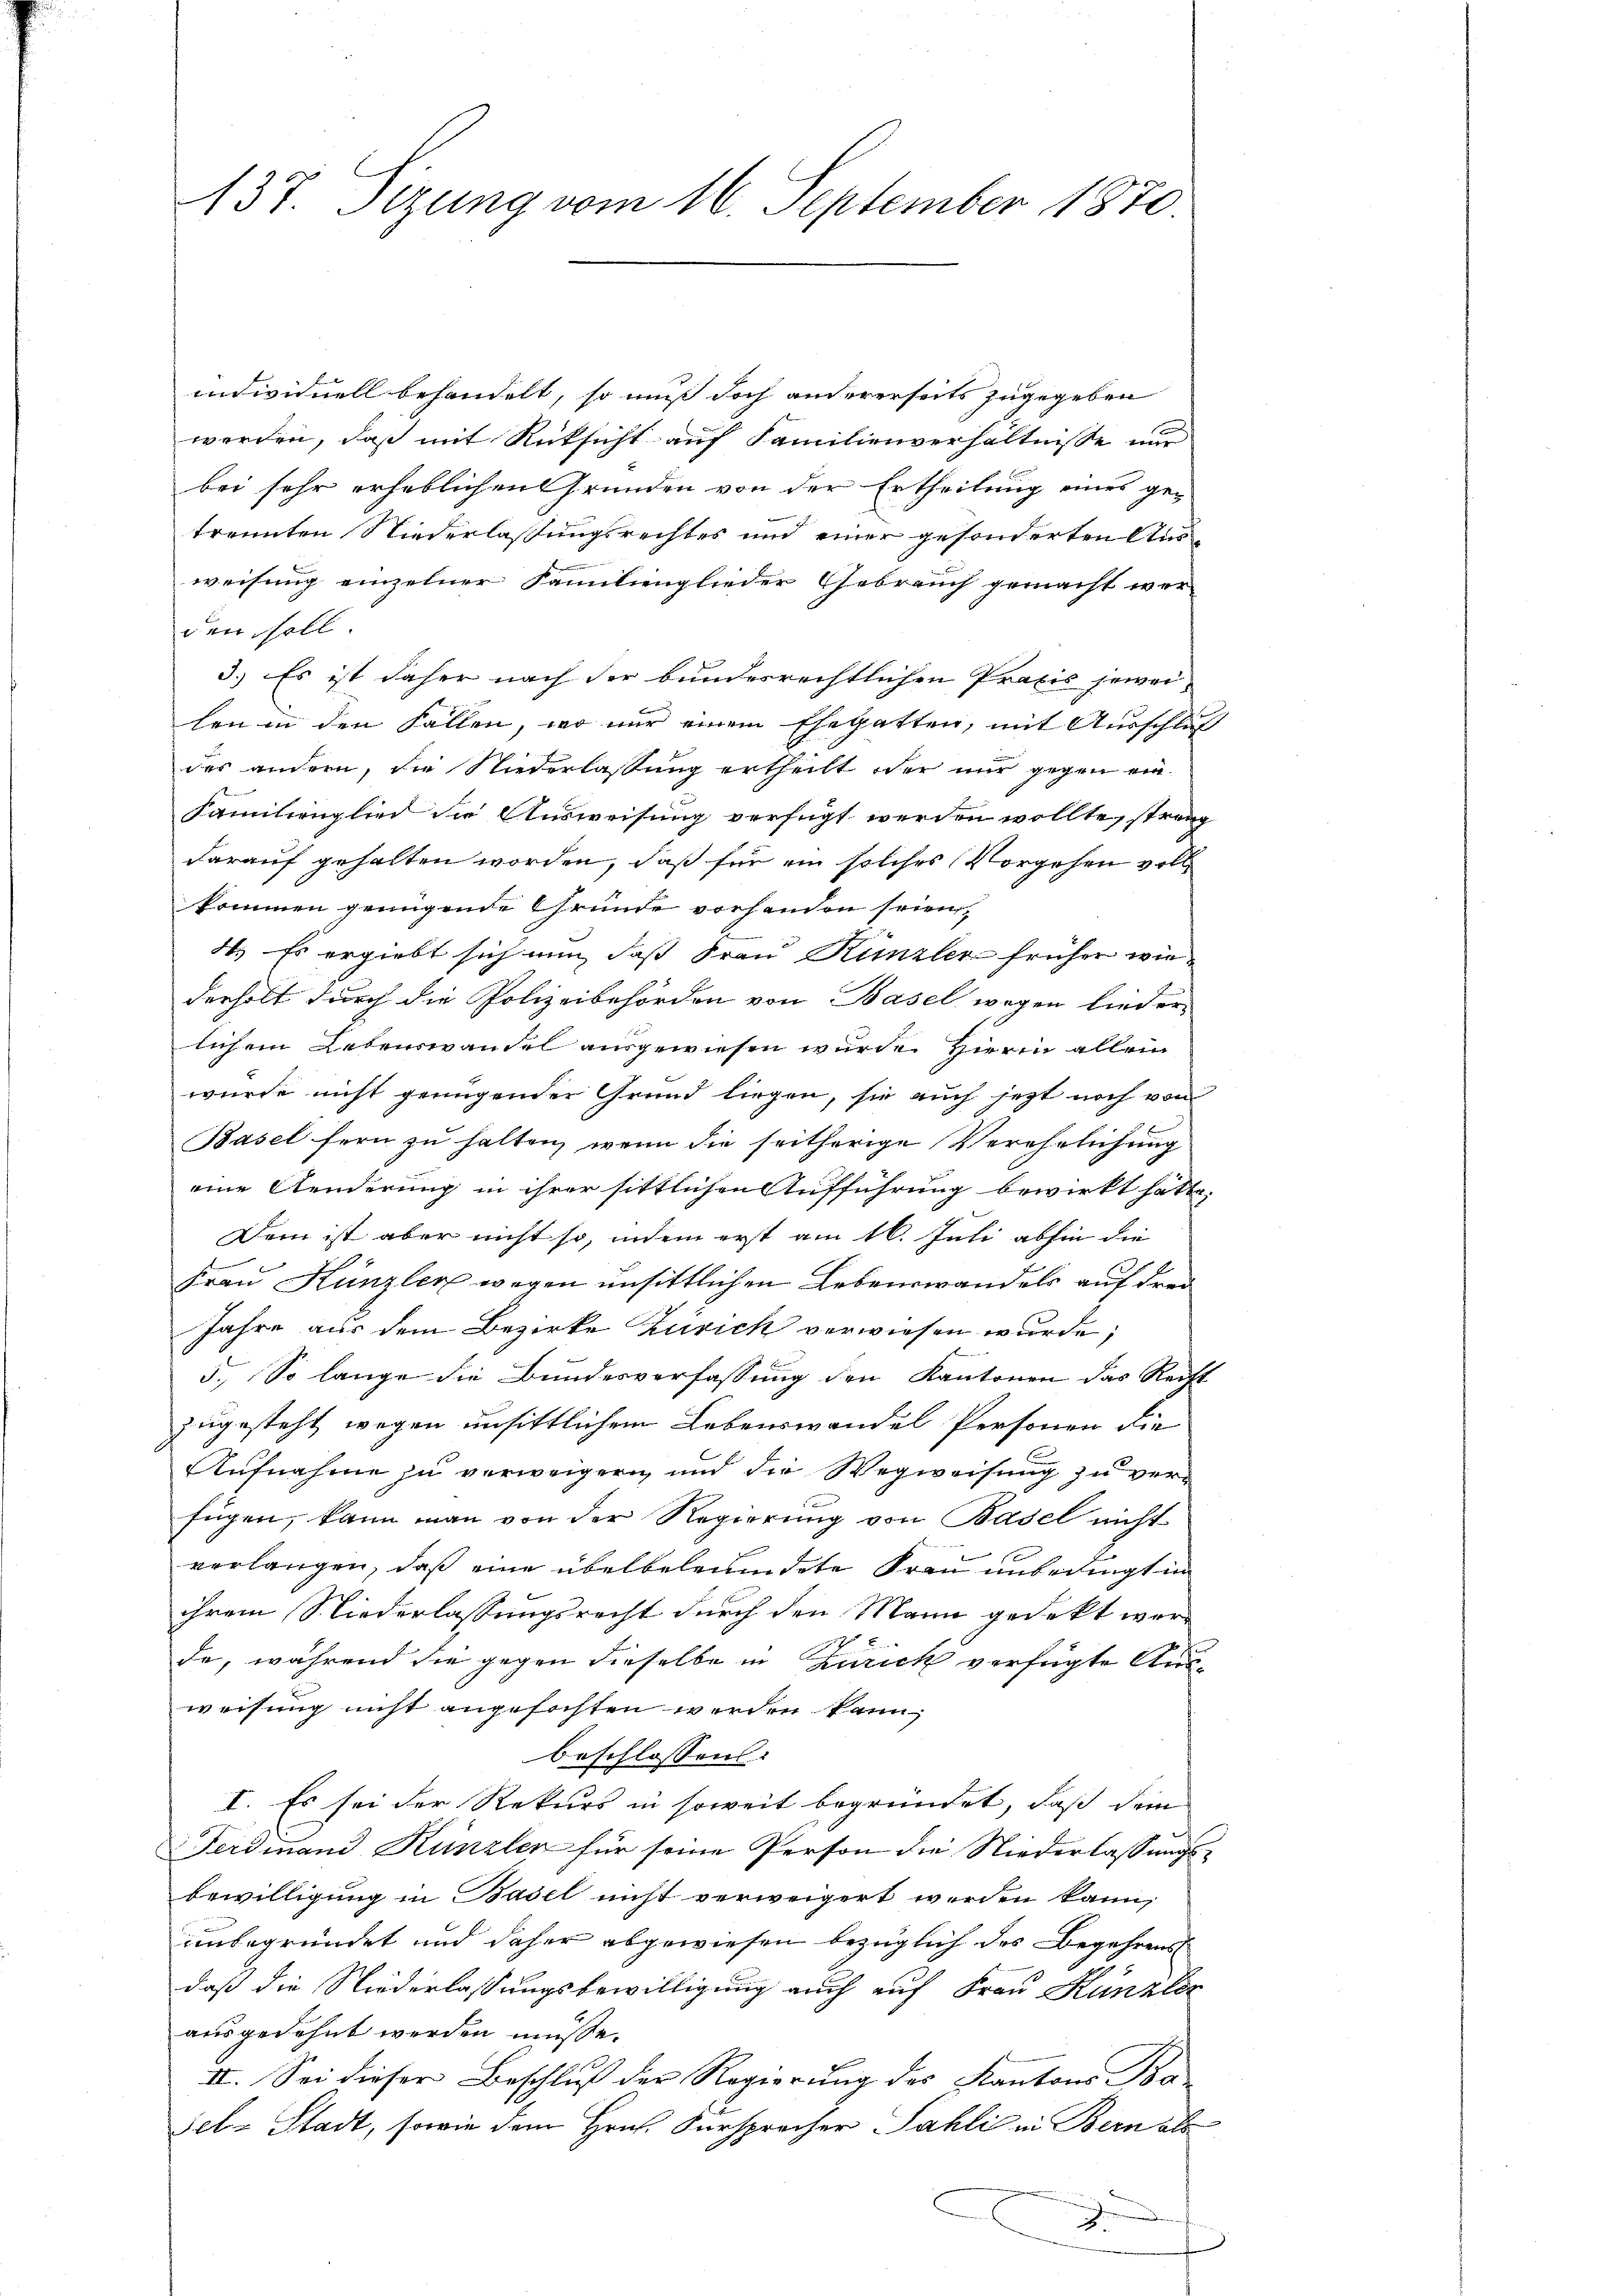
137. Sizung vom 16. September 1870.

individuell behandelt, so muß doch andererseits zugegeben
werden, daß mit Rüksicht auf Familienverhältnisse nur
bei sehr erheblichen Gründen von der Ertheilung eines getrennten Niederlaßungsrechtes und einer gesonderten Aus
weisung einzelner Familienglieder Gebrauch gemacht wer-
den soll
3.) Es ist daher nach der bundesrechtlichen Praxis jeweilen in den Fallen, wo nur einem Ehegatten, mit Ausschluß
des andern, die Niederlassung ertheilt oder mir gegen ein
Familienglied die Ausweisung verfügt werden wollte, strang
darauf gehalten worden, daß für ein solches Vorgehen voll
kommen genügende Gründe vorhanden seien,
4.) Es ergiebt sich nun, daß Frau Künzler früher wiederholt durch die Polizeibehörden von Basel wegen lieder-
lichem Lebenswandel ausgewiesen wurde. Hierin allein
wurde nicht genügenden Grund liegen, sie auch jezt noch von
Basel fern zŭ halten, wenn die seitherige Verehelichung
eine Aenderung in ihrer sittlichen Aufführung bewirkt hätte.
Dem ist aber nicht so, indem erst am 16. Juli abhin die
Frau Künzler wegen unsittlichen Lebenswandels auf den
Jahre aus dem Bezirke Zürich verwiesen wurde,
5.) So lange die Bundesverfassung den Kantonen das Recht
zugesteht, wegen unsittlichem Lebenswandel Personen die
Aufnahme zu verweigern und die Wegweisung zu verfügen, kann man von der Regierung von Basel nicht
verlangen, daß eine überbeleumdete Frau unbedingt in
ihrem Niederlassungsrecht durch den Mann gedekt werd
de, während die gegen dieselbe in Zürich verfügte Aus-
weisung nicht angefochten werden kann,
beschlossen: |
I. Es sei der Rekurs in soweit begründet, daß dem
Ferdinand Künzler für seine Person die Niederlassungsbewilligung in Basel nicht verweigert werden kann,
unbegründet und daher abgewiesen bezüglich des Begehrens
daß die Niederlassungsbewilligung auch auf Frau Künzlic
ausgedehnt werden müsse.
II. Sei dieser Beschluß der Regierung des Kantons Ba
sel. Stadt, sowie dem Hrn. Fürsprecher Sahli in Bern als
.